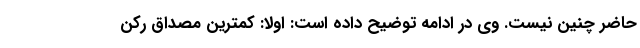
حاضر چنین نیست. وی در ادامه توضیح داده است: اولاً: کمترین مصداق رکن